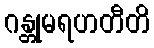
ဂန္တုမရဟတီတိ